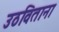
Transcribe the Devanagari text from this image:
उठविताना